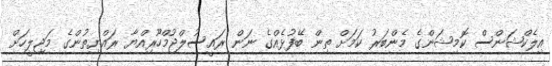
އިލެކްޝަންސް ކޮމިޝަންގެ މެންބަރު ކަމަށް ތިން ބޭފުޅެއްގެ ނަން ރައީސުލްޖުމްހޫރިއްޔާ ރައްޔިތުންގެ މަޖިލީހަށް